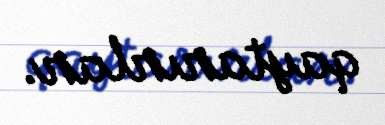
qaytarırlar.